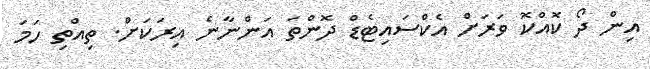
އިން ދޯ ކޮއްކޮ ވަރަށް އެކްސައިޓެޑް ދޮންތަ އަންނާނެ އިރަކަށް. ތިއްތި ހަމަ